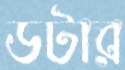
ডটার